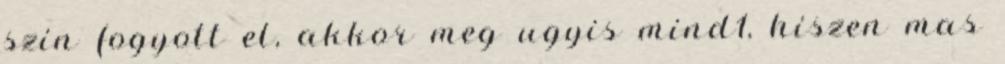
szin fogyott el, akkor meg ugyis mind1, hiszen mas